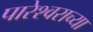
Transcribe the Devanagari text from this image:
पारेश्वराच्या